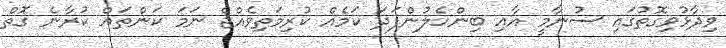
ވިދާޅުވިގޮތުގައި ސުނާމީ އާއި ބިންހެލުންފަދަ ކަމެއް ކުރިމަތިވެއްޖެ ނަމަ ކަންތައް ކުރާނެ ގޮތް